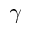
\ensuremath { \gamma }